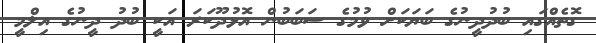
ގޮތެއްގައި ބުދުދީނުގެ ބަޔަކަށް ވުމުގެ ސަބަބުން އޮޅުދޫކަރަ އަކީ ބުދު ދީނުގެ އިލްމީ